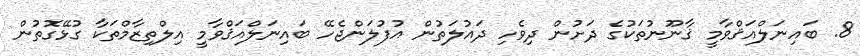
8. ބައިނަލްއަޤްވާމީ ޤާނޫނުތަކުގެ ދަށުން ދިވެހި ދައުލަތުން އުފުލަންޖެހޭ ބައިނަލްއަޤްވާމީ އިލްތިޒާމްތަކާ ގުޅޭގޮތުން